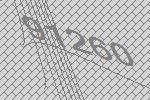
91260